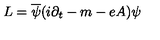
L = \overline { { \psi } } ( i \partial _ { t } - m - e A ) \psi